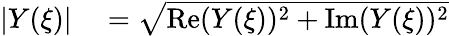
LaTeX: \begin{array}{rl}{|Y(\xi)|}&{{}=\sqrt{\mathrm{Re}(Y(\xi))^{2}+\mathrm{Im}(Y(\xi))^{2}}}\end{array}